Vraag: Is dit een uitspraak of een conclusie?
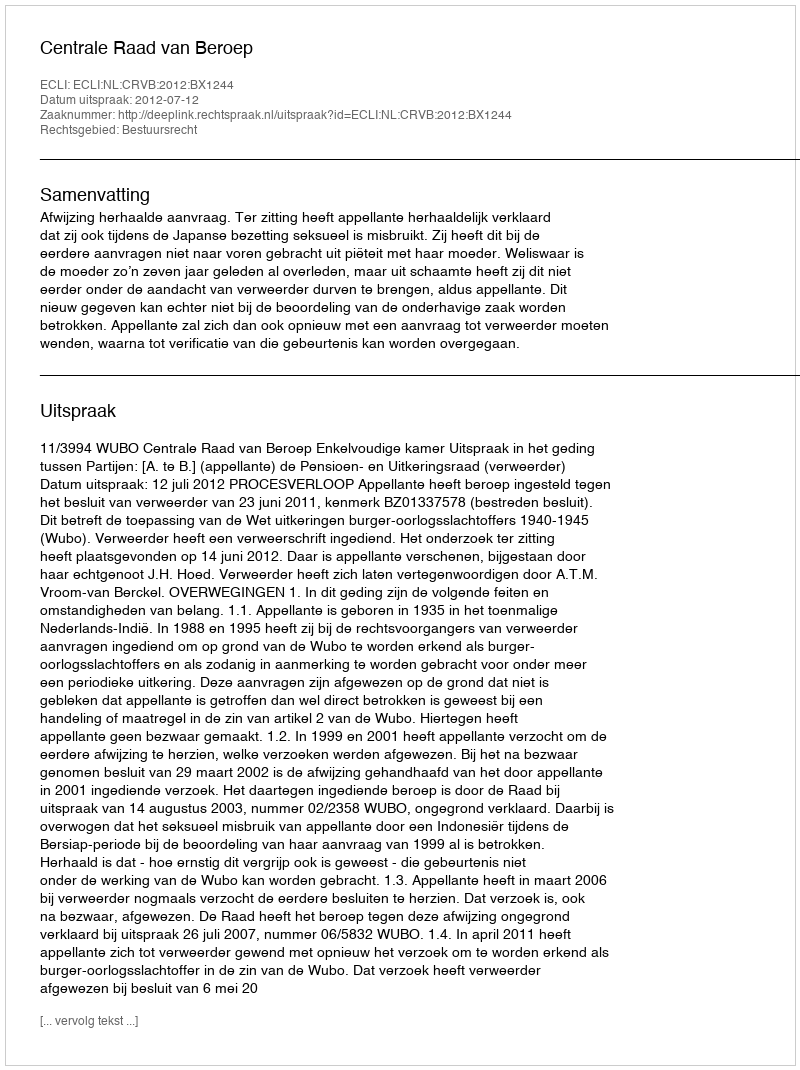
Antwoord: Uitspraak